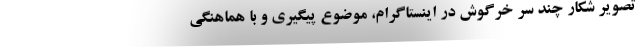
تصویر شکار چند سر خرگوش در اینستاگرام، موضوع پیگیری و با هماهنگی